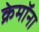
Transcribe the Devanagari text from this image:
क्रेमॉना